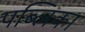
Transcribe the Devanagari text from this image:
पब्लिका